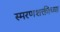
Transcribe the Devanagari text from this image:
स्मरणशक्तीच्या